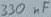
Text: 330nF